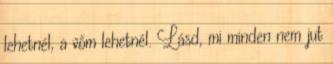
lehetnél, a vőm lehetnél. Lásd, mi minden nem jut